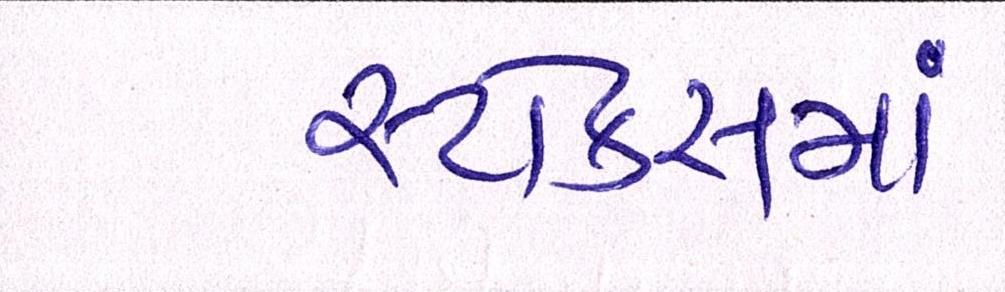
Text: સ્ટોક્સમાં